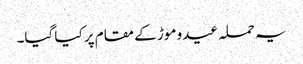
یہ حملہ عیدو موڑ کے مقام پر کیا گیا۔